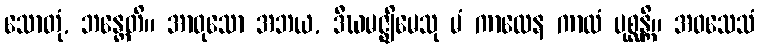
သောတုံ, ဘန္တေတိ။ အာဝုသော အဘယ, ဒီဃမဇ္ဈိမေသု မံ ကာလေန ကာလံ ပုစ္ဆန္တိ။ အဝသေသံ